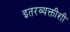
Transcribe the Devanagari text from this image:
इतरव्यक्तीशी